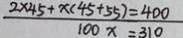
\frac { 2 \times 4 5 + x ( 4 5 + 5 5 ) = 4 0 0 } { 1 0 0 x = 3 1 0 }